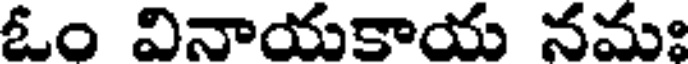
ఓం వినాయకాయ నమః